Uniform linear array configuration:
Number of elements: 64
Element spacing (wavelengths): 0.5
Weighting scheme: blackman
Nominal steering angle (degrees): -45
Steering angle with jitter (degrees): -46.378
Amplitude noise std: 0.05
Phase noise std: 0.05

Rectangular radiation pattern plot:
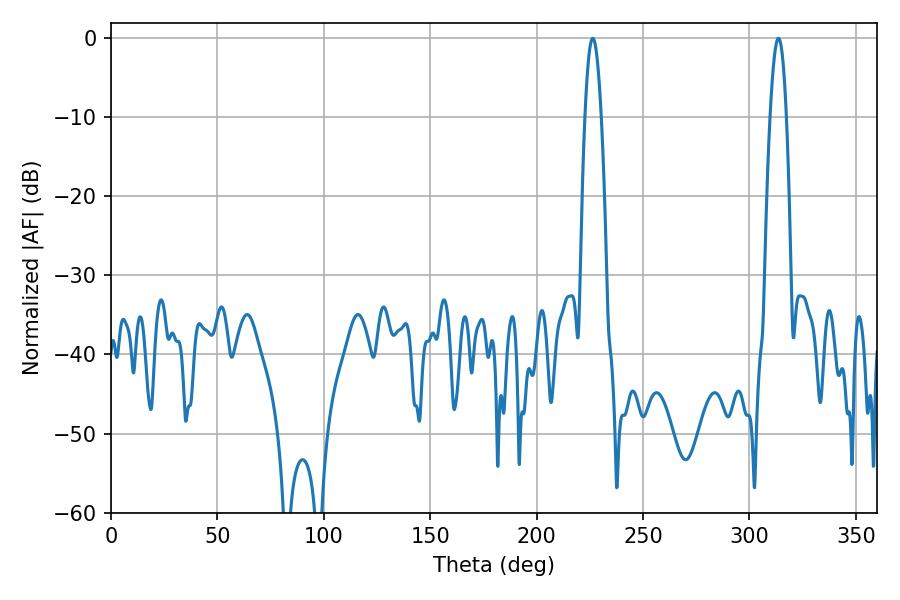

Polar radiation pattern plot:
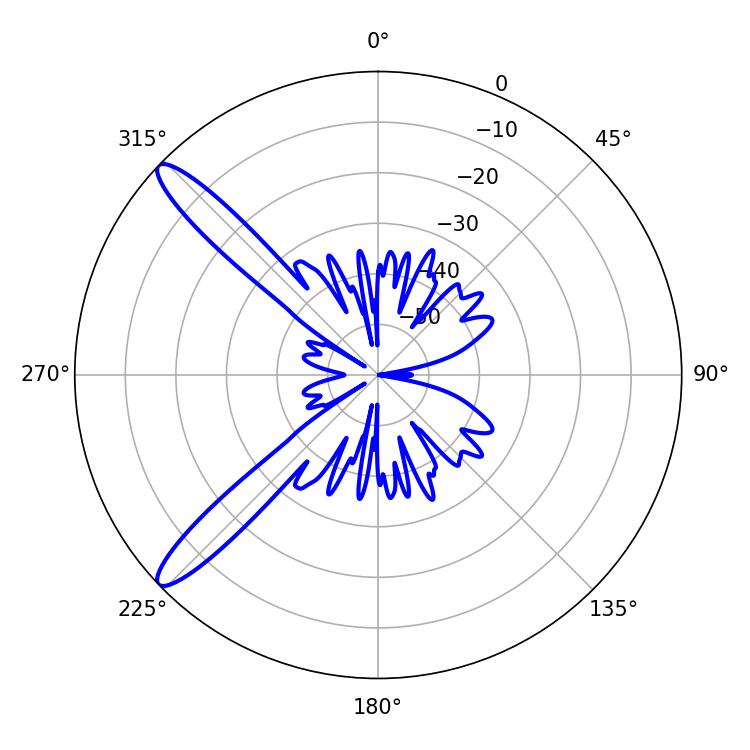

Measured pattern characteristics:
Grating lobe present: FALSE
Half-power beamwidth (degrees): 4.14
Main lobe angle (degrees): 313.56